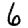
Digit: 6